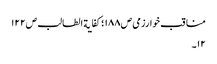
مناقب خوارزمی ص١٨٨ ؛کفایة الطالب ص١٢٢
١٢۔